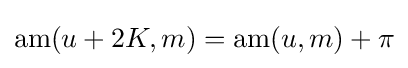
\operatorname {am} (u+2K,m)=\operatorname {am} (u,m)+\pi